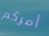
أمركم